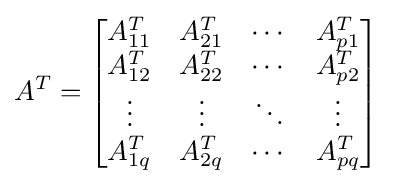
A^{T}={\begin{bmatrix}A_{11}^{T}&A_{21}^{T}&\cdots &A_{p1}^{T}\\A_{12}^{T}&A_{22}^{T}&\cdots &A_{p2}^{T}\\\vdots &\vdots &\ddots &\vdots \\A_{1q}^{T}&A_{2q}^{T}&\cdots &A_{pq}^{T}\end{bmatrix}}